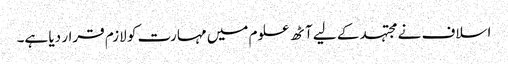
اسلاف نے مجتہد کے لیے آٹھ علوم میں مہارت کو لازم قرار دیا ہے۔